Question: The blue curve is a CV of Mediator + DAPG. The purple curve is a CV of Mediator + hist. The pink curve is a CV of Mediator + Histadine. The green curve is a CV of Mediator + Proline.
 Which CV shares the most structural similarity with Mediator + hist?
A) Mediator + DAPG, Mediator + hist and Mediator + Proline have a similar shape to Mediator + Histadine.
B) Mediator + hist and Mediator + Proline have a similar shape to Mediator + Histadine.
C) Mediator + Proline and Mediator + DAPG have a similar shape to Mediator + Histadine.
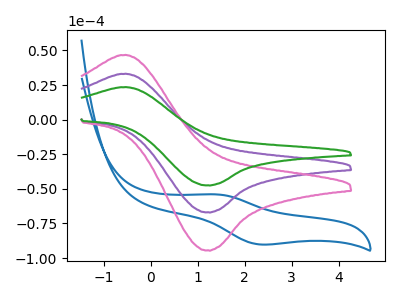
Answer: <think>The blue curve "Mediator + DAPG" has an anodic peak at (1.40V, -54.05uA) and a cathodic peak at (2.30V, -90.15uA). The purple curve "Mediator + hist" has an anodic peak at (-0.55V, 33.05uA) and a cathodic peak at (1.20V, -66.90uA). The pink curve "Mediator + Histadine" has an anodic peak at (-0.55V, 46.60uA) and a cathodic peak at (1.20V, -94.35uA). The green curve "Mediator + Proline" has an anodic peak at (-0.55V, 66.10uA) and a cathodic peak at (1.20V, -133.80uA).
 "Mediator + DAPG" and "Mediator + hist" have at least one peak that do not match. "Mediator + DAPG" and "Mediator + Histadine" have at least one peak that do not match. "Mediator + DAPG" and "Mediator + Proline" have at least one peak that do not match. All the peaks in "Mediator + hist" have a peak in "Mediator + Histadine" at the same potential. Every peak in "Mediator + hist" is lower than every peak in "Mediator + Histadine". All the peaks in "Mediator + hist" have a peak in "Mediator + Proline" at the same potential. Every peak in "Mediator + hist" is lower than every peak in "Mediator + Proline". All the peaks in "Mediator + Histadine" have a peak in "Mediator + Proline" at the same potential. Every peak in "Mediator + Histadine" is lower than every peak in "Mediator + Proline".</think>
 <answer>B) "Mediator + hist" and "Mediator + Proline" have a similar shape to "Mediator + Histadine".</answer>
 <eval>B</eval>